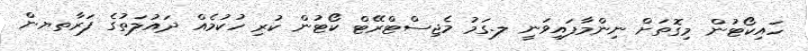
ހައިކޯޓުން މިގޮތަށް ނިންމާފައިވަނީ ލ.ގަމު މެޖިސްޓްރޭޓް ކޯޓުން ކުރި ހުކުމެއް ދައުލަތުގެ ފަރާތޔން